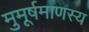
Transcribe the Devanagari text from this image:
मुमूर्षमाणस्य